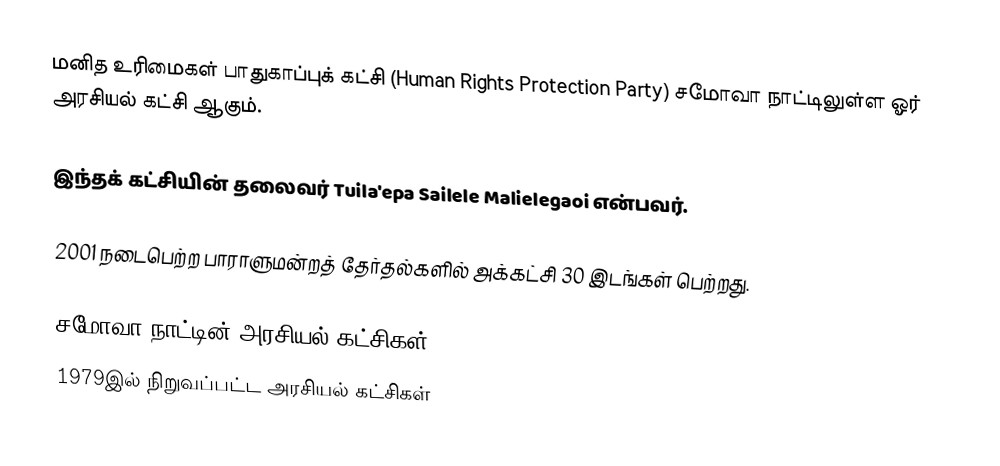
மனித உரிமைகள் பாதுகாப்புக் கட்சி  (Human Rights Protection Party) சமோவா நாட்டிலுள்ள ஓர் அரசியல் கட்சி ஆகும்.

இந்தக் கட்சியின் தலைவர் Tuila'epa Sailele Malielegaoi என்பவர்.

2001 நடைபெற்ற பாராளுமன்றத் தேர்தல்களில் அக்கட்சி 30 இடங்கள் பெற்றது.

சமோவா நாட்டின் அரசியல் கட்சிகள்
1979இல் நிறுவப்பட்ட அரசியல் கட்சிகள்